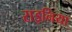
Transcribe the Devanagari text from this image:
राइनिया